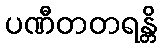
ပဏီတတရန္တိ